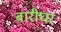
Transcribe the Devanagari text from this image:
बारीघर